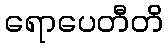
ရောပေတီတိ